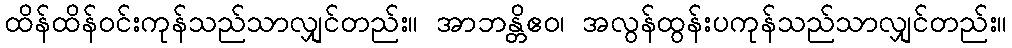
ထိန်ထိန်ဝင်းကုန်သည်သာလျှင်တည်း။ အာဘန္တိဧဝ၊ အလွန်ထွန်းပကုန်သည်သာလျှင်တည်း။